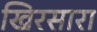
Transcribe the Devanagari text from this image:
खिरसारा